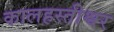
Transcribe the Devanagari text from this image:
कालहस्तीश्वर